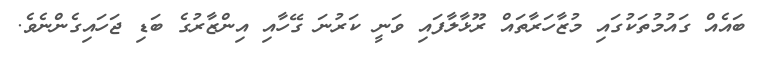
ބައެއް ގައުމުތަކުގައި މުޒާހަރާތައް ރޫޅާލާފައި ވަނީ ކަރުނަ ގޭހާއި އިންޒާރުގެ ބަޑި ޖަހައިގެންނެވެ.